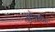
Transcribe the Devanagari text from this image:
स्रोतहीन